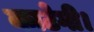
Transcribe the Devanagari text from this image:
काटेगी।